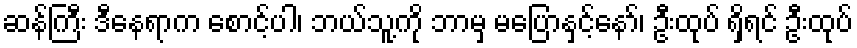
ဆန်ကြီး ဒီနေရာက စောင့်ပါ၊ ဘယ်သူ့ကို ဘာမှ မပြောနှင့်နော်၊ ဦးထုပ် ရှိရင် ဦးထုပ်